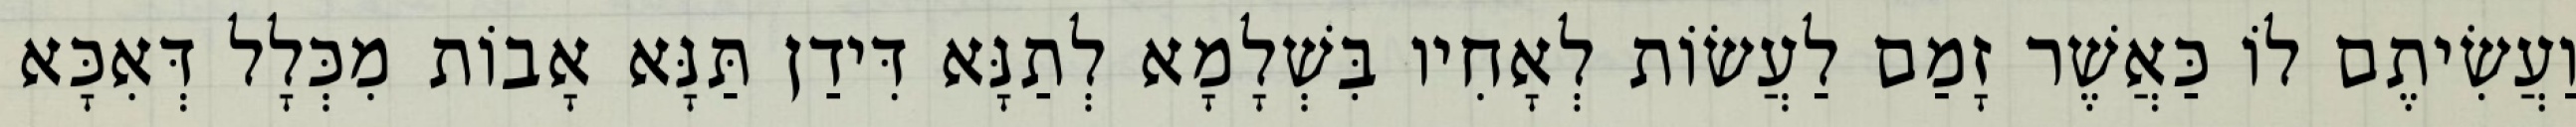
וַעֲשִׂיתֶם לוֹ כַּאֲשֶׁר זָמַם לַעֲשׂוֹת לְאָחִיו בִּשְׁלָמָא לְתַנָּא דִּידַן תַּנָּא אָבוֹת מִכְּלָל דְּאִכָּא